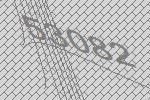
53082